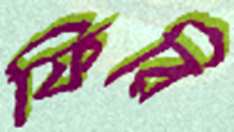
ফিরি